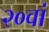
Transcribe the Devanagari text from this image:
२०वां